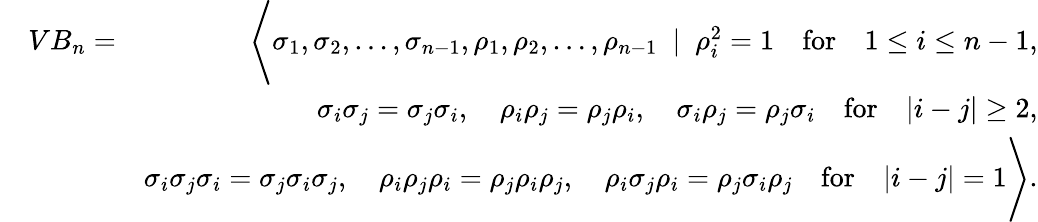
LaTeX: \begin{array}{rlr}&{VB_{n}=}&{\Bigg\langle\sigma_{1},\sigma_{2},\ldots,\sigma_{n-1},\rho_{1},\rho_{2},\ldots,\rho_{n-1}~\mid~\rho_{i}^{2}=1\quad\mathrm{for}\quad 1\leq i\leq n-1,}\\ &{}&{\sigma_{i}\sigma_{j}=\sigma_{j}\sigma_{i},\quad\rho_{i}\rho_{j}=\rho_{j}\rho_{i},\quad\sigma_{i}\rho_{j}=\rho_{j}\sigma_{i}\quad\mathrm{for}\quad|i-j|\ge 2,}\\ &{}&{\sigma_{i}\sigma_{j}\sigma_{i}=\sigma_{j}\sigma_{i}\sigma_{j},\quad\rho_{i}\rho_{j}\rho_{i}=\rho_{j}\rho_{i}\rho_{j},\quad\rho_{i}\sigma_{j}\rho_{i}=\rho_{j}\sigma_{i}\rho_{j}\quad\mathrm{for}\quad|i-j|=1\Bigg\rangle.}\end{array}